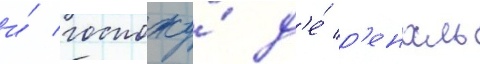
и́ госпожу́ д'е́ р'еналь